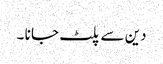
دین سے پلٹ جا نا ۔